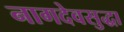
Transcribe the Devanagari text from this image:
नागदेवसुद्धा